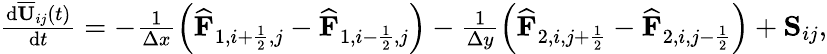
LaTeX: \begin{array}{r}{\frac{\mathrm{d}\overline{{\mathbf{U}}}_{ij}(t)}{\mathrm{d}t}=-\frac{1}{\Delta x}\left(\widehat{\mathbf{F}}_{1,i+\frac{1}{2},j}-\widehat{\mathbf{F}}_{1,i-\frac{1}{2},j}\right)-\frac{1}{\Delta y}\left(\widehat{\mathbf{F}}_{2,i,j+\frac{1}{2}}-\widehat{\mathbf{F}}_{2,i,j-\frac{1}{2}}\right)+{\mathbf{S}}_{ij},}\end{array}